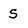
Character: S